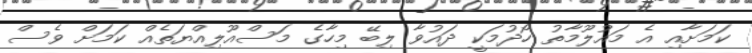
ކަމަށާއި އެ މައުލޫމާތު ހޯދުމަކީ ދައުވާ ލިބޭ މިހާގެ މަސްއޫލިއްޔަތެއް ކަމަށް ވެސް